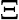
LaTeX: \Xi